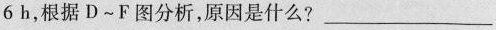
6h，根据D~F图分析，原因是什么?____